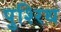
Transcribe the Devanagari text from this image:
पुश्‍रिथ